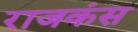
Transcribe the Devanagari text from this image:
राजकंस